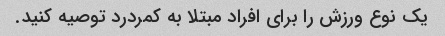
یک نوع ورزش را برای افراد مبتلا به کمردرد توصیه کنید.